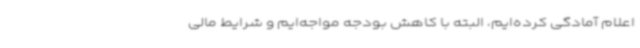
اعلام آمادگی کرده‌ایم، البته با کاهش بودجه مواجه‌ایم و شرایط مالی